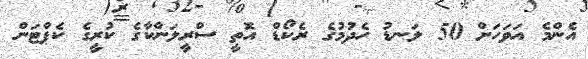
އެންމެ އަވަހަށް 50 ލަނޑު ހެދުމުގެ ރެކޯޑް އޮތީ ސްރީލަންކާގެ ކުރީގެ ކެޕްޓަން